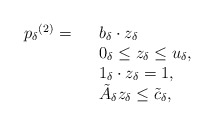
\begin{align*}\begin{array}{rllr}{p_\delta}^{(2)}=&& b_{\delta} \cdot z_{\delta} \\&& 0_{\delta} \le z_{\delta}\le u_{\delta}, \\&&1_{\delta}\cdot z_{\delta} =1,\\&& \tilde{A}_\delta z_\delta \le \tilde{c}_\delta,\end{array}\end{align*}